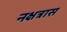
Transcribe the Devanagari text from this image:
नक्षत्रास